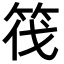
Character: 筏